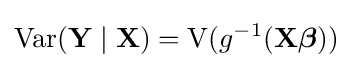
\operatorname {Var} (\mathbf {Y} \mid \mathbf {X} )=\operatorname {V} (g^{-1}(\mathbf {X} {\boldsymbol {\beta }}))